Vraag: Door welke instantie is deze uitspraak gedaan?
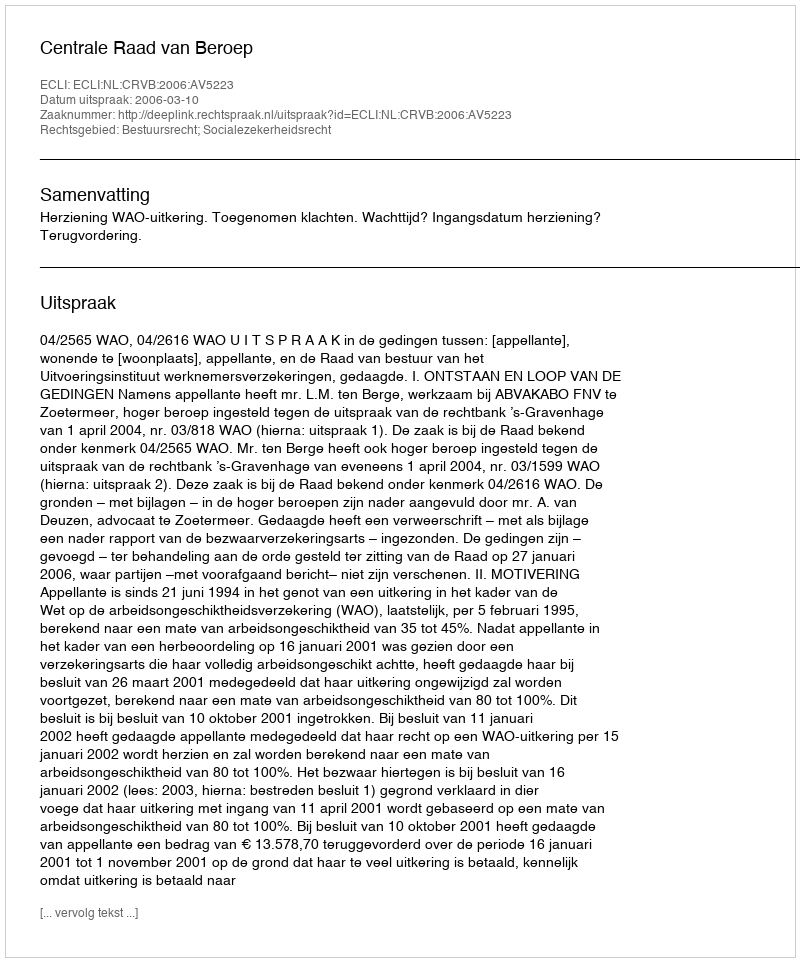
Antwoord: Centrale Raad van Beroep